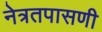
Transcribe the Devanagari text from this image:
नेत्रतपासणी